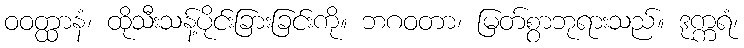
ဝဝတ္ထာနံ၊ ထိုသီးသန့်ပိုင်းခြားခြင်းကို။ ဘဂဝတာ၊ မြတ်စွာဘုရားသည်။ ဒုက္ကရံ၊